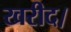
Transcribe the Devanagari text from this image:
खरीद।